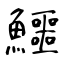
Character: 鱷